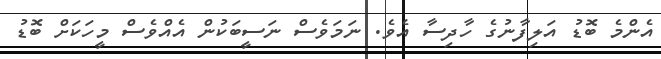
އެންމެ ބޮޑު އަލިފާނުގެ ހާދިސާ އެވެ. ނަމަވެސް ނަސީބަކުން އެއްވެސް މީހަކަށް ބޮޑު